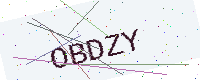
Text: OBDZY